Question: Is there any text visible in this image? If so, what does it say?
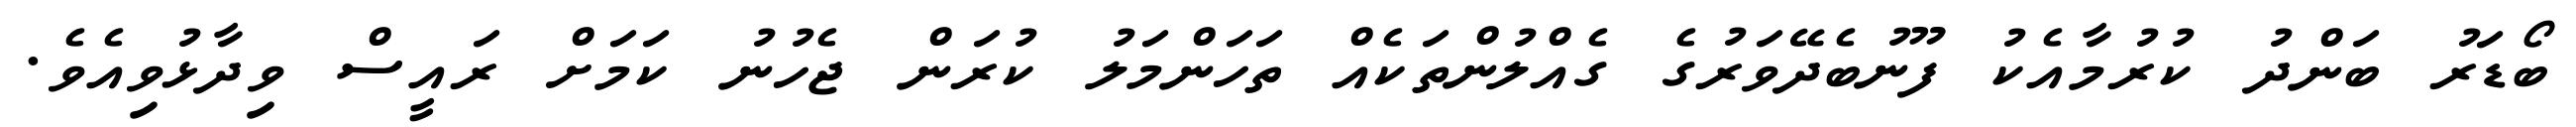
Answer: ބޯޑަރު ބަންދު ކުރުމާއެކު ފޫނުބެދޭވަރުގެ ގެއްލުންތަކެއް ތަހަންމަލު ކުރަން ޖެހުނު ކަމަށް ރައީސް ވިދާޅުވިއެވެ.